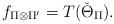
LaTeX: \begin{align*}f_{\Pi\otimes\Pi'}=T(\check\Theta_{\Pi}).\end{align*}